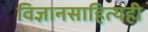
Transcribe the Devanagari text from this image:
विज्ञानसाहित्यही